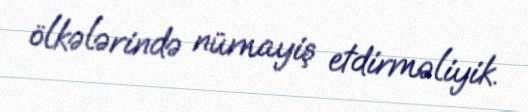
ölkələrində nümayiş etdirməliyik.